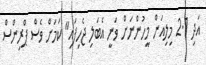
އަދި 2.1 މިލިއަން މީހުންނަށް ވަނީ އެބަލި ޖެހިފައި" ކަމަށް ވެސް ޕްރިންސް